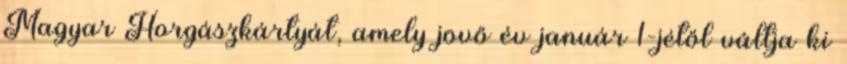
Magyar Horgászkártyát, amely jövő év január 1-jétől váltja ki